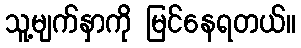
သူ့မျက်နှာကို မြင်နေရတယ်။